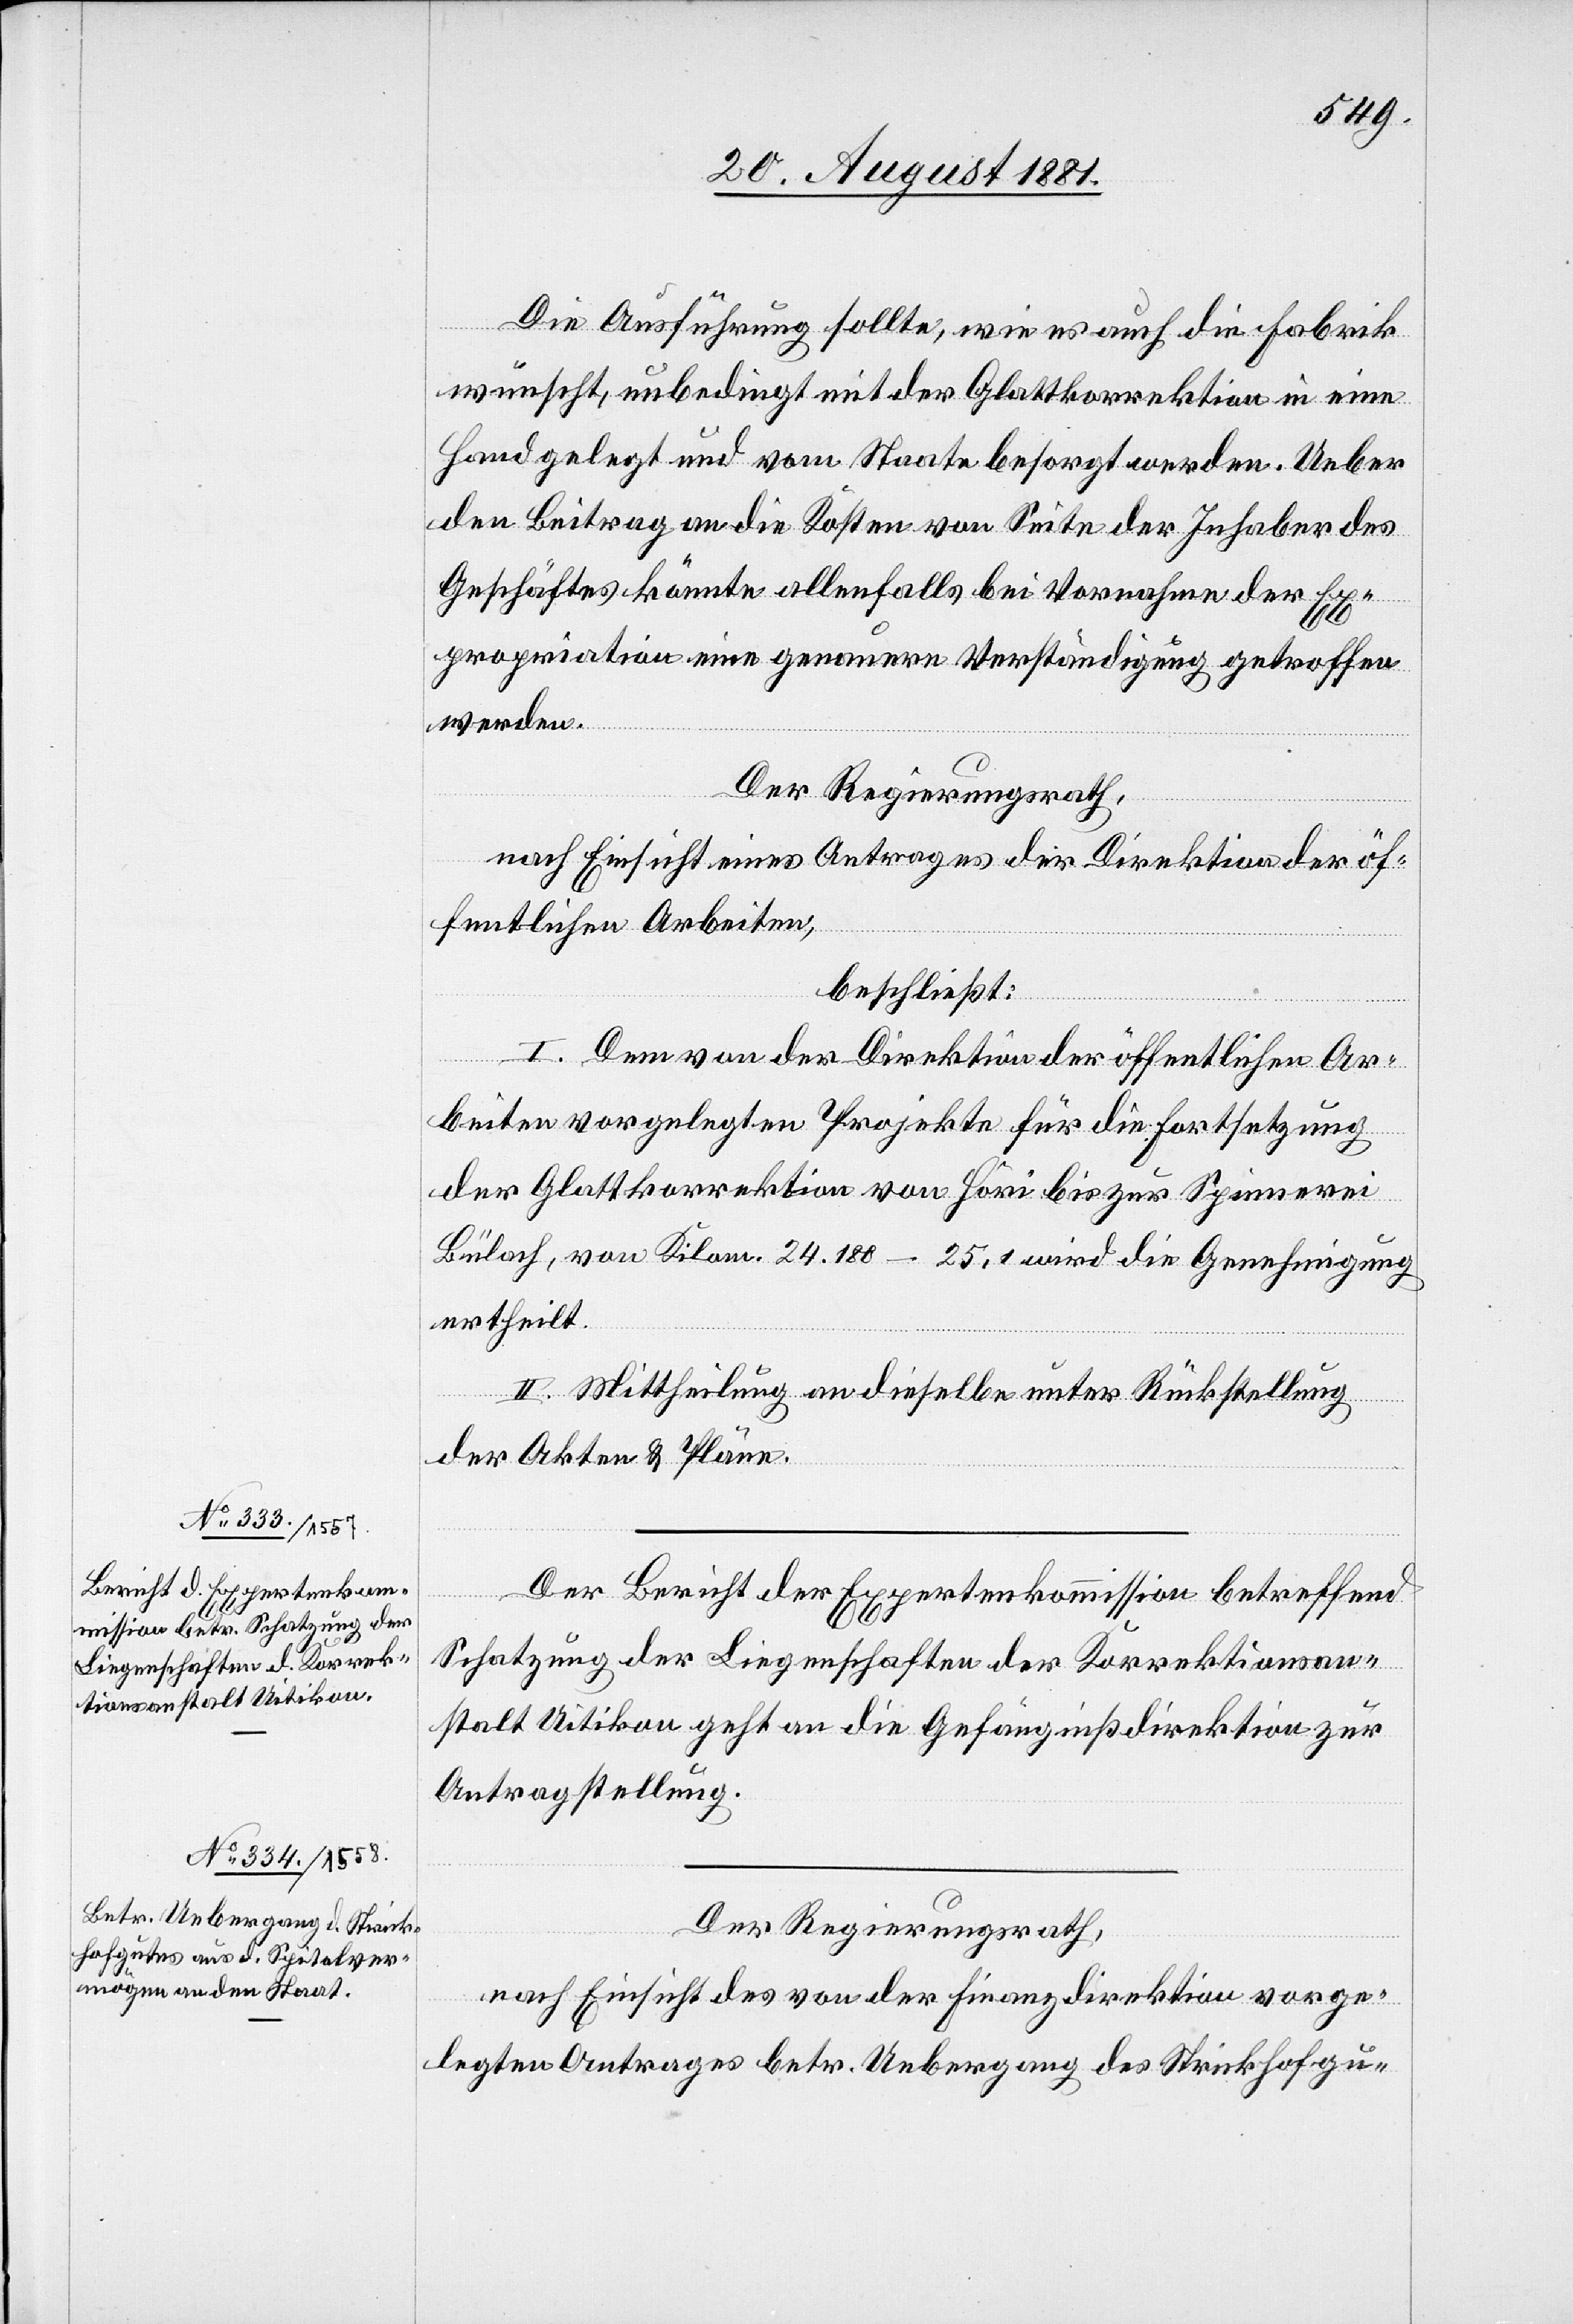
Die Ausführung sollte, wie es auch die Fabrik
wünscht, unbedingt mit der Glattkorrektion in einen
Handel gelegt und vom State besorgt werden. Ueber
den Beitrag an die Kosten von Seite der Inhaber des
Geschäftes könnte allenfalls bei Vornahme der Ex¬
propriation eine genauere Verständigung getroffen
werden.
Der Regierungsrath,
nach Einsicht eines Antrages der Direktion der öf¬
fentlichen Arbeiten,
beschließt:
I. Dem von der Direktion der öffentlichen Ar¬
beiten vorgelegten Projekte für die Fortsetzung
der Glattkorrektion von Höri bis zur Spinnerei
Bülach, von Kilom. 24.180–25.1 wird die Genehmigung
ertheilt.
II. Mittheilung an dieselbe unter Rückstellung
der Akten & Pläne.
Der Bericht der Expertenkommission betreffend
Schatzung der Liegenschaften der Korrektionsan¬
stalt Uitikon geht an die Gefängnißdirektion zur
Antragstellung.
Der Regierungsrath,
nach Einsicht des von der Finanzdirektion vorge¬
legten Antrages betr. Uebergang des Strickhofgu-